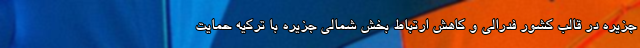
جزیره در قالب کشور فدرالی و کاهش ارتباط بخش شمالی جزیره با ترکیه حمایت